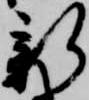
新